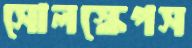
সোলস্কেপস